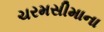
ચરમસીમાના